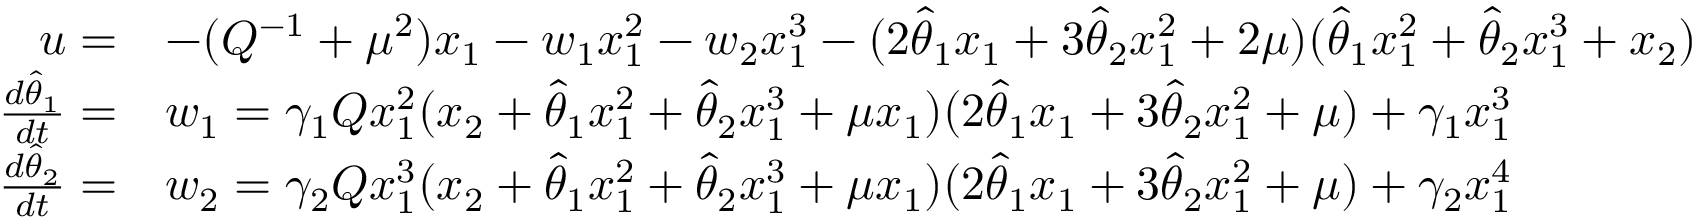
\begin{array} { r l } { u = } & { - ( Q ^ { - 1 } + \mu ^ { 2 } ) x _ { 1 } - w _ { 1 } x _ { 1 } ^ { 2 } - w _ { 2 } x _ { 1 } ^ { 3 } - ( 2 \hat { \theta } _ { 1 } x _ { 1 } + 3 \hat { \theta } _ { 2 } x _ { 1 } ^ { 2 } + 2 \mu ) ( \hat { \theta } _ { 1 } x _ { 1 } ^ { 2 } + \hat { \theta } _ { 2 } x _ { 1 } ^ { 3 } + x _ { 2 } ) } \\ { \frac { d \hat { \theta } _ { 1 } } { d t } = } & { w _ { 1 } = \gamma _ { 1 } Q x _ { 1 } ^ { 2 } ( x _ { 2 } + \hat { \theta } _ { 1 } x _ { 1 } ^ { 2 } + \hat { \theta } _ { 2 } x _ { 1 } ^ { 3 } + \mu x _ { 1 } ) ( 2 \hat { \theta } _ { 1 } x _ { 1 } + 3 \hat { \theta } _ { 2 } x _ { 1 } ^ { 2 } + \mu ) + \gamma _ { 1 } x _ { 1 } ^ { 3 } } \\ { \frac { d \hat { \theta } _ { 2 } } { d t } = } & { w _ { 2 } = \gamma _ { 2 } Q x _ { 1 } ^ { 3 } ( x _ { 2 } + \hat { \theta } _ { 1 } x _ { 1 } ^ { 2 } + \hat { \theta } _ { 2 } x _ { 1 } ^ { 3 } + \mu x _ { 1 } ) ( 2 \hat { \theta } _ { 1 } x _ { 1 } + 3 \hat { \theta } _ { 2 } x _ { 1 } ^ { 2 } + \mu ) + \gamma _ { 2 } x _ { 1 } ^ { 4 } } \end{array}